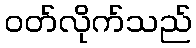
ဝတ်လိုက်သည်